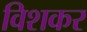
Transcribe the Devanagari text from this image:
विशकर